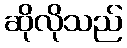
ဆိုလိုသည်